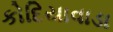
કોદિયાવાડા